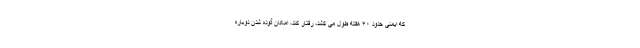
که ایمنی حدود ۴۰ هفته طول می کشد، رفتار کند، امکان آلوده شدن دوباره